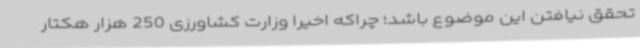
تحقق نیافتن این موضوع باشد؛ چراکه اخیراً وزارت کشاورزی 250 هزار هکتار